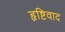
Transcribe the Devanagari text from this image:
हृष्टिवाद